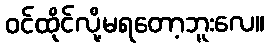
ဝင်ထိုင်လို့မရတော့ဘူးလေ။